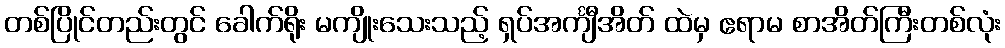
တစ်ပြိုင်တည်းတွင် ခေါက်ရိုး မကျိုးသေးသည့် ရှပ်အင်္ကျီအိတ် ထဲမှ ဧရာမ စာအိတ်ကြီးတစ်လုံး